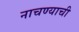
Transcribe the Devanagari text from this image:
नाचण्याची